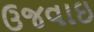
ઉજવાઇ